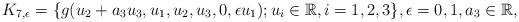
LaTeX: \begin{align*} K_{7,\epsilon}=\{g(u_2+a_3u_3,u_1,u_2,u_3,0,\epsilon u_1); u_i \in \mathbb R, i=1,2,3 \}, \epsilon=0,1, a_3\in \mathbb R, \end{align*}